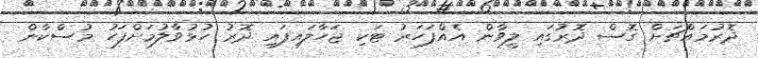
ދޮރުމައްޗަށް ގޮސް ދޮރުގައި ލީވާން އެއްފަހަރު ޓަކި ޖަހާލައިފައި ދޮރު ހުޅުވާލުމަށްފަހު މުސްކާން